Annual report of the Punjab Veterinary College and of the Civil Veterinary Department, Punjab - 1909-1919
Year: 1909
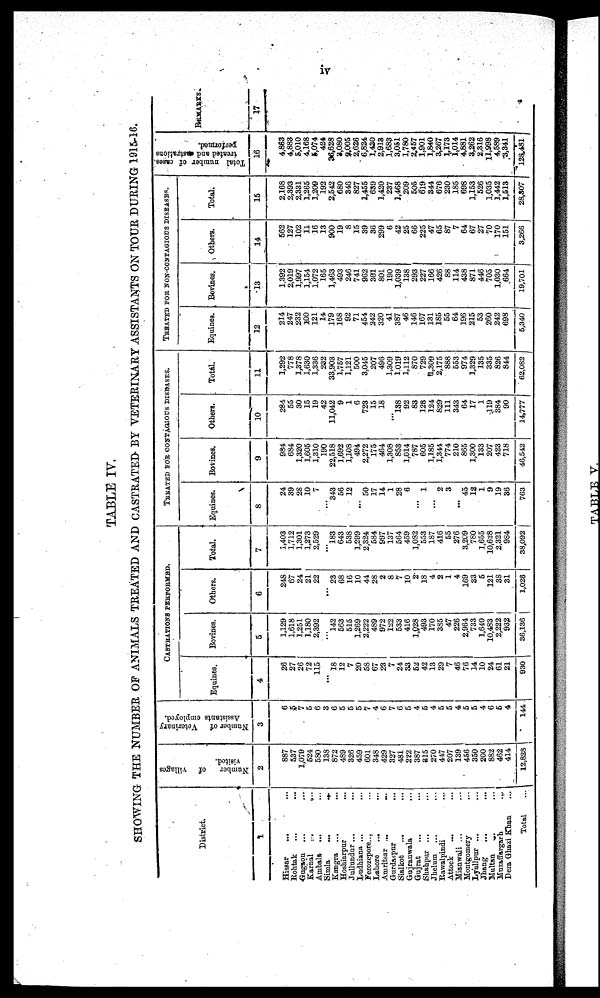
iv
TABLE IV.
SHOWING THE NUMBER OF ANIMALS TREATED AND CASTRATED- BY VETERINARY ASSISTANTS ON TOUR DURING 1915-16.
District.
1
Hissar
... ...
Rohtak ... ...
Gugaon ... ...
Karnal ... ..
Ambala ... ...
Simla
...
...
Kangra ... ...
Hoshiarpur
...
Jullundur ... ...
Ludhiana ... ...
Ferozepore ... ...
Lahore
...
Amritsar ...
...
Gurdaspur
...
Sialkot ... ...
Gujranwala ...
Gujrat ... ...
Shahpur ... ...
Jhelum ... ...
Rawalpindi ...
Attock
... ...
Mianwali ... ...
Montgomery
Lyallpur ... ...
Jhang
...
...
Multan ... ...
Muzaffargarh ...
Dera Ghazi Khan ...
Total
Number
of villages
visited.
2
887
537
1,079
524
580
138
872
489
326
459
601
348
429
327
481
222
387
815
270
447
207
139
456
350
200
882
462
414
12,828
Number of
Veterinary
Assistants employed.
3
6
5
7
5
6
3
6
5
5
5
7
4
6
7
6
5
4
5
4
5
5
4
5
5
4
6
5
4
144.
CASTRATIONS PERFORMED.
Equines.
4
26
27
26
72
115
...
18
12
7
20
58
67
23
7
24
33
52
42
13
29
7
46
76
14
10
24
61
21
930
Bovines.
5
1,129
1,618
1,251
1,180
2,392
...
142
563
515
1,269
2,222
489
972
122
533
416
1,028
493
170
385
47
226
2,964
733
1,640
10,483
2,222
932
36,136
Others.
6
248
67
24
21
22
...
23
68
16
10
44
28
2
8
7
10
2
18
4
2
1
4
169
33
5
121
38
31
1,026
Total.
7
1,403
1,712
1,301
1,273
2,529
...
183
643
538
1,299
2,324
584
997
137
564
459
1,082
553
187
416
55
276
3,209
780
1,655
10,628
2,321
984
38,092
TREATED FOR CONTAGIOUS DISEASES.
Equines.
8
24
39
28
10
7
...
343
56
12
...
50
17
14
1
28
6
...
1
...
2
3
...
45
12
1
9
19
36
763
Bovines.
9
984
684
1,320
1,605
1,310
190
22,518
1,692
1,108
494
2,272
175
464
1,308
853
1,014
787
605
1,185
1,344
774
210
865
1,300
133
207
423
718
46,542
Others.
10
284
55
30
15
19
42
11,042
9
1
6
723
15
18
...
138
92
83
128
124
829
111
343
64
17
1
119
384
90
14,777
Total.
11
1,292
778
1,378
1,630
1,336
282
33,903
1,757
1,121
500
3,045
207
496
1,309
1,019
1,112
870
729
11,309
2,175
888
553
974
1,329
135
335
826
844
62,082
TREATED FOR NON-CONTAGIOUS DISEASES.
Equines.
12
214
247
232
100
121
14
179
168
92
71
454
242
320
41
387
46
146
167
131
185
55
64
196
215
53
260
242
698
5,340
Bovines.
13
1,392
2,019
1,997
1,154
1,072
165
1,463
493
246
741
962
361
801
190
1,039
138
293
227
166
426
88
114
438
871
446
705
1,030
664
19,701
Others.
14
562
127
102
11
16
13
900
19
8
15
39
36
299
6
42
25
66
225
47
65
87
7
64
67
27
70
170
151
3,266
Total.
15
2,168
2,393
2,331
1,265
1,209
192
2,542
680
346
827
1,455
639
1,420
237
1,468
209
505
619
344
676
230
185
698
1,153
526
1,035
1,442
1,513
28,307
Total number of cases.
treated and castrations
performed.
16
4,863
4,883
5,010
4,168
8,074
424
36,628
2,080
2,005
2,626
6,824
1,430
2,913
1,683
3,051
1,780
2,457
1,901
1,840
3,267
1,173
1,014
4,881
3,262
2,316
11,998
4,589
3,341
128,481
REMARKS.
17